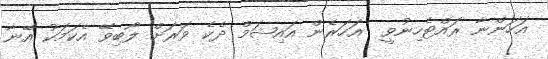
އަހަންނާ ރައްޓެހިނުވީ  އަހަރެން އައިޝަމް ދެކެ ވަރަށް ލޯބިވޭ އެކަމަކު އޭނާ